Burma Government Medical School reports 1923-41
Year: 1923
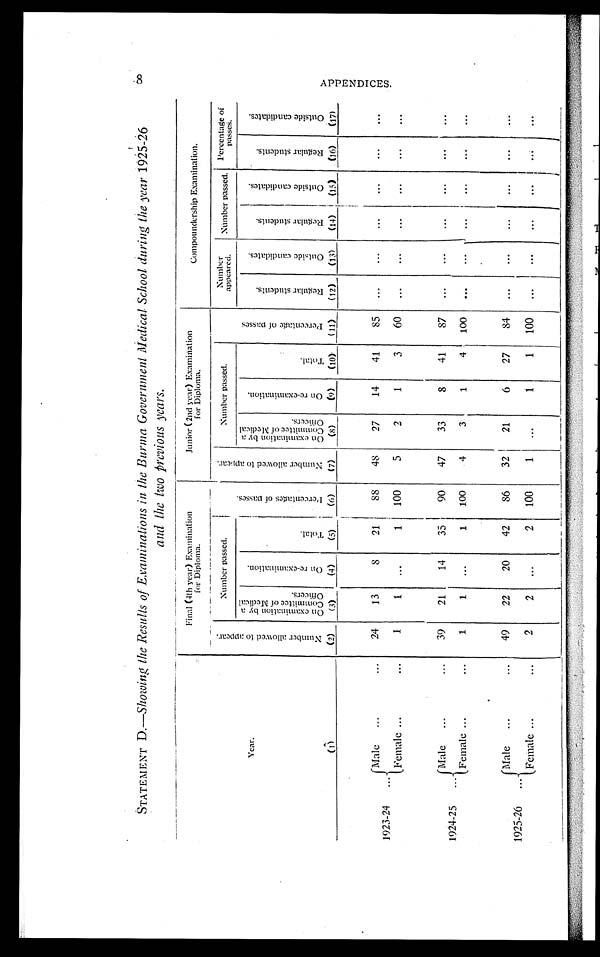
_
STATEMENT D.—Showing The Results of Examinations in the Burma Government Medical School during the year 1925-26
and the two previous years.
___ ___ _
Year.
Final (4th year) Examination
for Diploma.
Junior (2nd year) Examination
for Diploma.
Compoundership Examination.
N u m b e r a l l o w e d t o a p p e a r .
Number passed. P r e c e n t a g e o f p a s s e s .
N u m b e r
a l l o w e d t o
a p p e a r .
Number passed.
p e r c e n t a g e o f p a s s e s .
Number
appeared. Number passed. Percentage of passes.
O n e x a m i n a t i o n b y
a c o m m i t t e e o f M e d i c a l O f f i c e r s .
O n r e - e x a m i n a t i o n .
T o t a l .
O n e x a m i n a t i o n b y a C i n n i t t e e o f M e d i c a l O f f i c e r s .
O n
r e - e x a m i n a t i o n .
T o t a l .
R e g u l a r s t u d e n t s .
O u t s i d e c a n d i d a t e s .
R e g u l a r s t u d e n t s .
O u t s i d e c a n d i d a t e s .
R e g u l a r s t u d e n t s .
O u t s i d e c a n d i d a t e s .
(1)
(2) (3)
(4)
(5) (6) (7) (8)
(9) (10) (11) (12) (13) (14) (15) (16) (17)
1923-24
Male ...
...
24
13
8
21
88 48
27
14
41
85 ...
...
...
. . .
...
...
Female ...
...
1
1
. . . 1 100
5
2
1
3
60 ...
...
...
...
...
...
1924-25
Male ...
. .
39
21
14
35 90 47
33
8
41
8 7 ...
...
...
...
...
...
... Female ...
...
1
1
. . . 1 100
4
3
1
4 100 ...
...
...
...
... ...
1925-26
Male ...
. . . 49
22
20
42
86
32
21
6
27
84 ... . . .
...
...
...
. . .
...
Female ...
...
2
2 ...
2 100 1
. . . 1
I
1 100 ...
. . .
...
. . .
...
...
8
A
P P E N D I C E S .